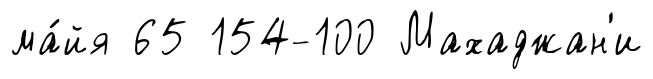
ма́йя 65 154-100 Махаджан'и